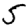
Digit: 5